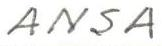
ANSA